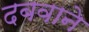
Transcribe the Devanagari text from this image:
दबवाने